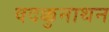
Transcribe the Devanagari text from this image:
वदक्कुनाथन